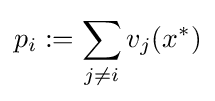
p_{i}:=\sum _{j\neq i}v_{j}(x^{*})